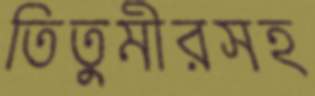
তিতুমীরসহ